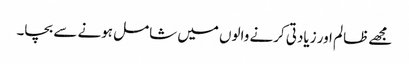
مجھے ظالم اور زیادتی کرنے والوں میں شامل ہونے سے بچا۔